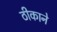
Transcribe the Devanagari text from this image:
ठीकाने